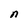
Character: n